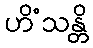
ဟိံသန္တိ